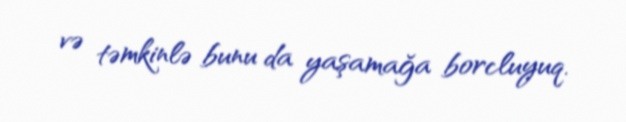
və təmkinlə bunu da yaşamağa borcluyuq.